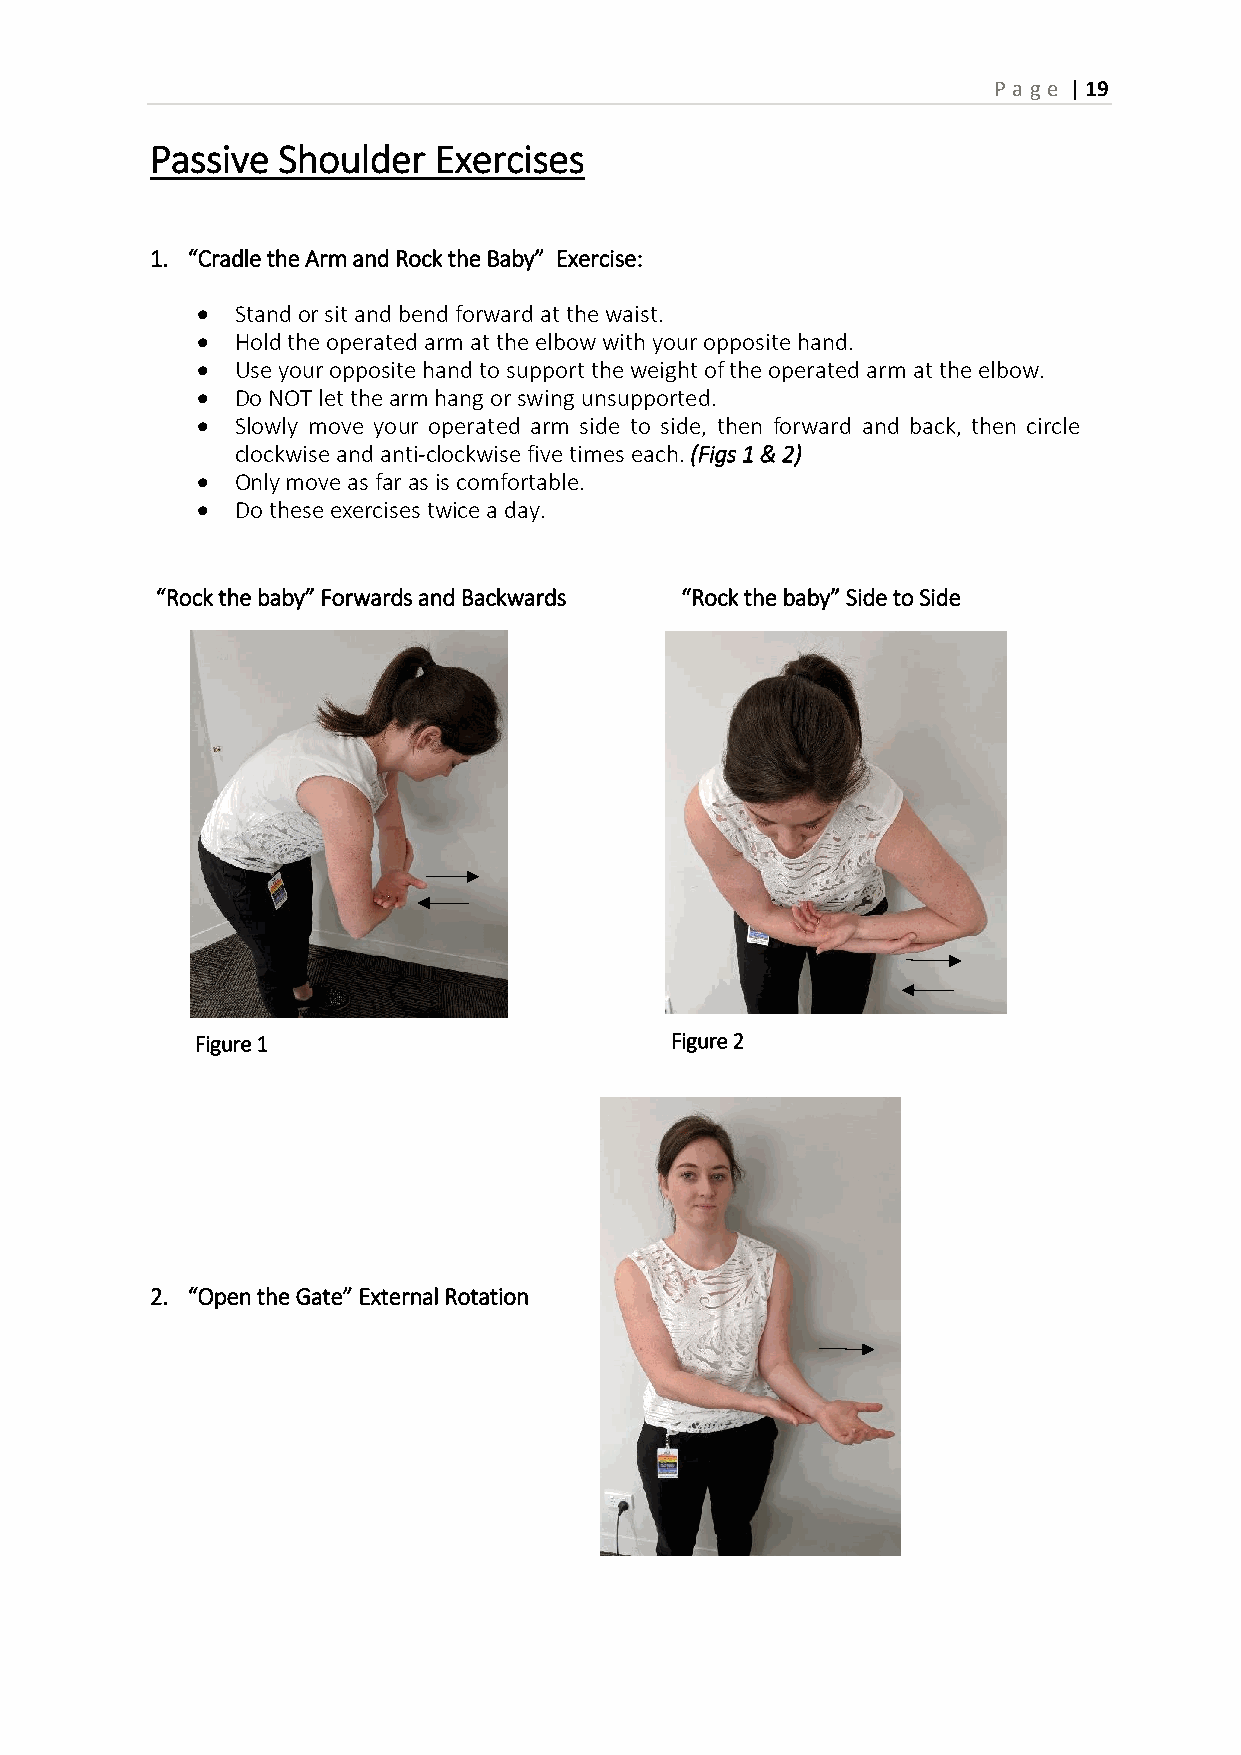
P age | 19
 Passive Shoulder   Exercises
 1. “Cradle the Arm and Rock the Baby” Exercise:
   Stand or sit and bend forward at the waist.
   Hold the operated arm at the elbow with your opposite hand.
   Use your opposite hand to support the weight of the operated arm at the elbow.
   Do NOT let the arm hang or swing unsupported.
   Slowly move your operated arm side to side, then forward and back, then circle
 clockwise and anti-clockwise five times each. (Figs 1 & 2)
   Only move as far as is comfortable.
   Do these exercises twice a day.
 “Rock the baby” Forwards and Backwards “Rock the baby” Side to Side
 Figure 1                       Figure 2
 Affected arm
 2. “Open the Gate” External Rotation